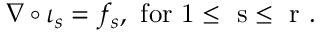
\nabla \circ \iota _ { s } = f _ { s } , \mathrm { ~ f o r ~ 1 \leq ~ s \leq ~ r ~ } .